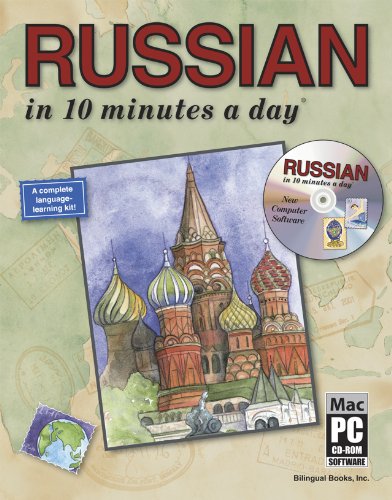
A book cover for RUSSIAN in 10 minutes a dayÂ® with CD-ROM; Kristine K. Kershul; Travel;